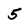
Character: 5